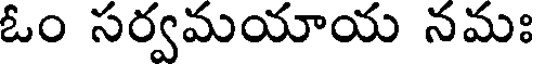
ఓం సర్వమయాయ నమః